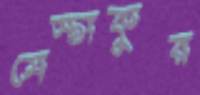
মেস্তাকুর